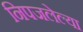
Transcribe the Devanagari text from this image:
निपजलेल्या